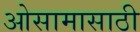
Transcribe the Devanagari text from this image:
ओसामासाठी